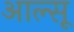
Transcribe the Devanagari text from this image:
आल्सू